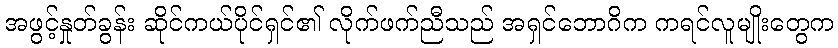
အဖွင့်နှုတ်ခွန်း ဆိုင်ကယ်ပိုင်ရှင်၏ လိုက်ဖက်ညီသည် အရှင်ဘောဂိက ကရင်လူမျိုးတွေက